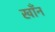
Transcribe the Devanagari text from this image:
खाँन